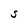
Character: S